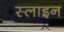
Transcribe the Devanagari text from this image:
स्लाइन